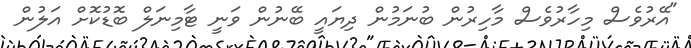
"އޭރުވެސް މިހާރުވެސް މާހިރުން ބުނަމުން ދިޔައީ ބޭނުން ވަނީ ޓާމިނަލް ބޮޑުކޮށް އަލުން